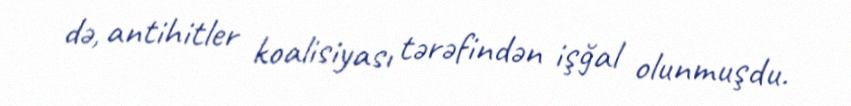
də, antihitler koalisiyası tərəfindən işğal olunmuşdu.